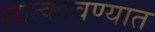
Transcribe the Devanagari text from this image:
लात्कावण्यात